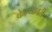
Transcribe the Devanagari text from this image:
केल्यावरी